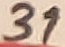
Text: 31